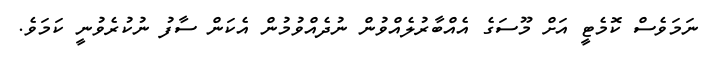
ނަމަވެސް ކޮމެޓީ އަށް މޫސަގެ އެއްބާރުލެއްވުން ނުދެއްވުމުން އެކަން ސާފު ނުކުރެވުނީ ކަމަވެ.